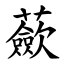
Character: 蘝